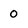
Character: 0